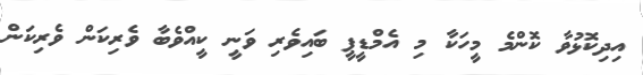
އިދިކޮޅުވާ ކޮންމެ މީހަކާ މި އެމްޑީޕީ ބައިވެރި ވަނީ ކީއްވެބާ ވެރިކަން ވެރިކަން